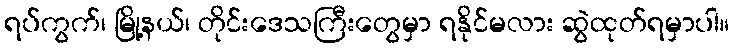
ရပ်ကွက်၊ မြို့နယ်၊ တိုင်းဒေသကြီးတွေမှာ ရနိုင်မလား ဆွဲထုတ်ရမှာပါ။